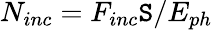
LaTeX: N_{inc}=F_{inc}\mathtt{S}/E_{ph}